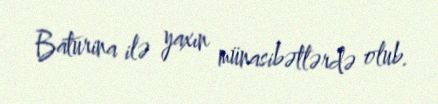
Baturina ilə yaxın münasibətlərdə olub.